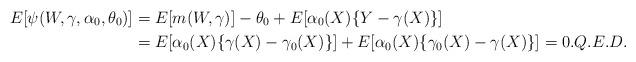
LaTeX: \begin{align*}E[\psi(W,\gamma,\alpha_{0},\theta_{0})] & =E[m(W,\gamma)]-\theta_{0}+E[\alpha_{0}(X)\{Y-\gamma(X)\}]\\& =E[\alpha_{0}(X)\{\gamma(X)-\gamma_{0}(X)\}]+E[\alpha_{0}(X)\{\gamma_{0}(X)-\gamma(X)\}]=0.Q.E.D.\end{align*}